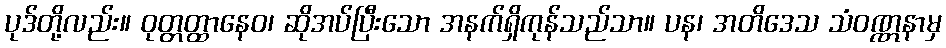
ပုဒ်တို့လည်း။ ဝုတ္တတ္ထာနေဝ၊ ဆိုအပ်ပြီးသော အနက်ရှိကုန်သည်သာ။ ပန၊ အတိဒေသ သံဝဏ္ဏနာမှ